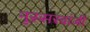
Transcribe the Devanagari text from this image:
नूस्सरवांजी